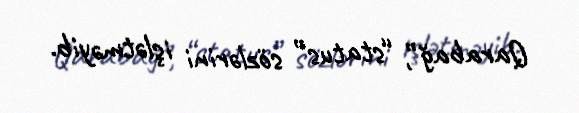
Qarabağ”, “status” sözlərini işlətməyib.